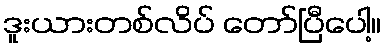
ဒူးယားတစ်လိပ် တော်ပြီပေါ့။